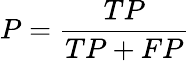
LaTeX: P={\frac{TP}{TP+FP}}